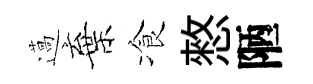
薖棄飡憗陋